Statistical return of the lunatic asylum in Assam - 1912-1932
Year: 1912
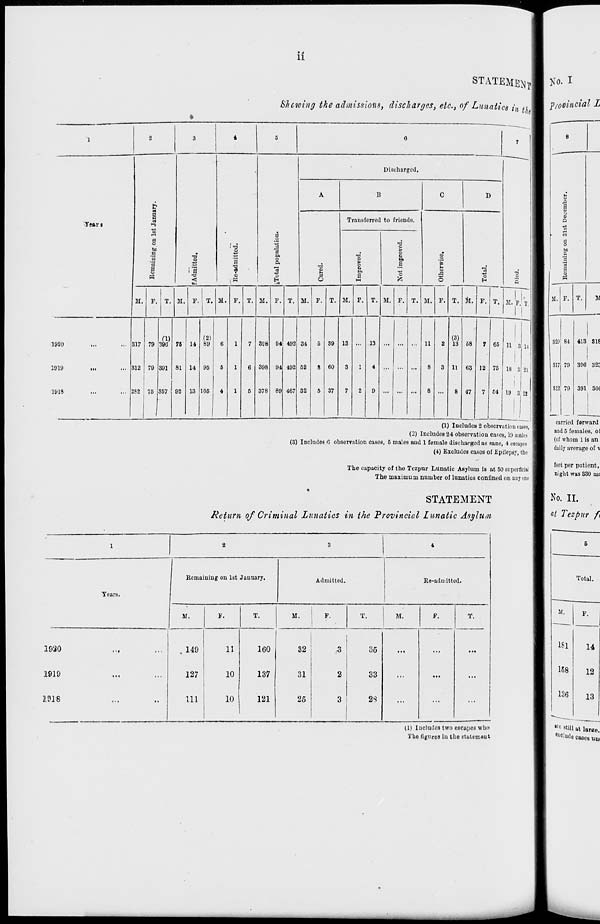
ii
STATEMEM T B >'o. I
Stewing the admissions, discharges, etc., of Lunatics in u I Provincial L
'•Yenri
1920
1919
1918
0
a a
1-5
a
o
bo
n
rt
a
M.
i a
■9
<
T. 51.
a
1
i-M
P. T. 51.
3
o
o
Discharged.
O
51.
51. P. T.
Trausferred to friends.
a
51.
a
"o
o
H
51.
T. 51. P. T. it.
T.
■s
M. p.' T,
317
312
252
79
79
75
(I)
39G
391
357
76
81
02
11
14
13
(2)
89
95
105
8C8
398
378
M
94
492
492
467
34
52
32
39
(50
37
13
13
11
(3)
13
11
58
03
•17
66 n 3 14
12 76
64
18 3
19 3 2!
(1) Includes 2 observation cases,
(2) Includes 24 observation cases, 19 males
(3) Includes 0 observation cases, 6 males aud 1 female discharged as sane, 4 escapes
(4) Excludes cases of Epilepsy, the
The capacity of the Tezpur Lunatic Asylum is at 50 superficial
The maximum number of lunatics confined on any one
carried farward
and 5 females, ol
(of whom 1 is an
daily average of \
feet per patient,
night was 330 mi
STATEMENT
Return of Criminal Lunatics in the Provincial lunatic Asylum
1
2
3
4
Remaining on 1st January.
Admitted.
Re-admitted.
Tears.
M.
F.
T.
M.
F.
T.
M.
F.
T.
1930
I •!
...
. 149
11
160
32
3
35
...
...
...
1919
...
127
10
137
31
2
33
...
...
...
1918
...
111
10
121
25
3
2S
...
...
...
11) Includes two escapes who
i ho figurou in the ststtomeut
M.
F.
181
14
158
12
136
13
~—-—._ _____
««still
exclude
at laTKe.
cases um